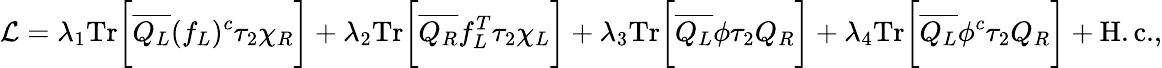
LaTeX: {\cal L}=\lambda_{1}\mathrm{Tr}\bigg[\overline{{{Q_{L}}}}(f_{L})^{c}\tau_{2}\chi_{R}\bigg]+\lambda_{2}\mathrm{Tr}\bigg[\overline{{{Q_{R}}}}f_{L}^{T}\tau_{2}\chi_{L}\bigg]+\lambda_{3}\mathrm{Tr}\bigg[\overline{{{Q_{L}}}}\phi\tau_{2}Q_{R}\bigg]+\lambda_{4}\mathrm{Tr}\bigg[\overline{{{Q_{L}}}}\phi^{c}\tau_{2}Q_{R}\bigg]+\mathrm{H.c.},